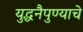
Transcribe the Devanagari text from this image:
युद्धनैपुण्याचे